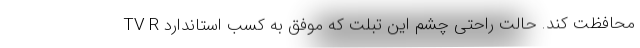
محافظت کند. حالت راحتی چشم این تبلت که موفق به کسب استاندارد TV R